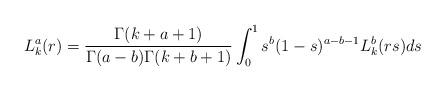
LaTeX: \begin{align*}L^a_k(r)=\frac{\Gamma(k+a+1)}{\Gamma(a-b)\Gamma(k+b+1)}\int^1_0s^b(1-s)^{a-b-1}L^b_k(rs)ds\end{align*}